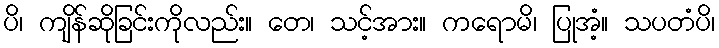
ပိ၊ ကျိန်ဆိုခြင်းကိုလည်း။ တေ၊ သင့်အား။ ကရောမိ၊ ပြုအံ့။ သပတံပိ၊